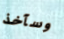
وسآخذ